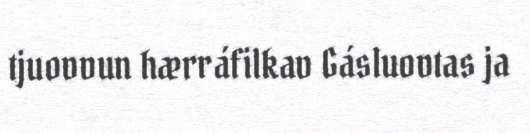
tjuovvun hærráfilkav Gásluovtas ja